King Institute of Preventive Medicine Micro-Biological Section reports 1909-11
Year: 1909
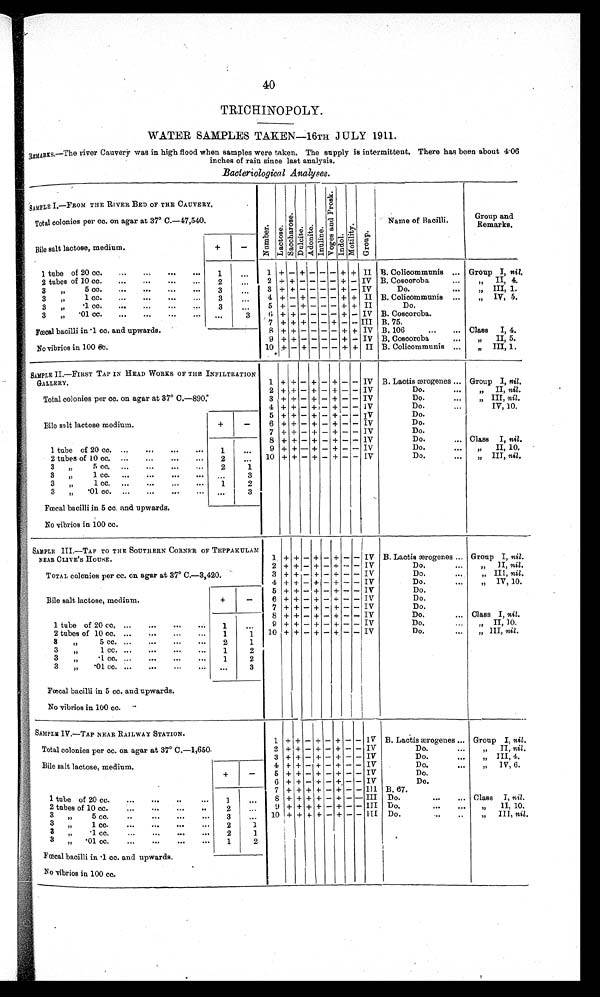
40
TRIOHINOPOLY.
WATER SAMPLES TAKEN—16TH JULY 1911.
REMARKS.—The river Cauvery was in high flood when samples were taken. The supply is intermittent. There has been about 4.06
inches of rain since last analysis.
Bacteriological Analyses.
S A M P L E I . — F R O M T H E R I V E R B E D O F T H E C A U V E R Y .
Number . L a c t o s e .
S a c c h a r o s e
Du l c i t e . Ad o n i t e . I n u l i n e .
V o g e s a n d P r o s k .
Indol
Mot i l i t y.
G r o u p
Name of Bacilli.
Group and
Remarks.
Total colonies per cc. on agar at 37° C.—47,540.
Bile salt lactose, medium.
+
-
1 tube of 20 cc.
...
...
...
...
1
. . .
1
+ - + - - - + + II B. Colicommunis ... Group I, nil.
2 tubes of 10 cc.
...
...
...
...
2
. . .
2
+ + - - - - + - IV B. Cosooroba
...
„ II,4.
3 „ 5cc ...
...
. . .
...
3
. . .
3
+ + - - - - + - IV
Do.
. . .
„ I I I , 1.
3 „ 1 cc.
...
...
...
3
. . .
4 + - + - - - - + + II B. Colicommunis ... „ IV, 5.
3 „ .1cc.
...
...
...
3
. . .
5
+ - + - - - + + II
Do.
3 „ .01cc.
...
...
...
. . . 3
6 + + - - - - + - IV B. Cosooroba.
Real bacilli in '1 cc. and upwards. '
7
+ + + - - + - - III B.75.
8 + + - - - - + + IV B. 106
...
... Class I, 4.
9
+ + - - - - + - IV B Cosooroba
... „ II, 5.
No vibrios in 100 cc.
1 0 + - + - - - + + II B. Colicommunis ...
„ III, 1.
SAMPLE II.—FIRST TAP IN HEAD WORKS OF THE INFILTRATION
GALLERY.
1 + + - + - + - - IV B. Lactis ærogenes ... Group I, nil.
Total colonies per cc. on agar at 37° C.—890.
2 + + - + - + - - IV
Do.
...
„ II, nil.
3 + + - + - + - - IV
Do.
...
„ III, nil.
4 + + - + - + - - IV
Do.
...
IV, 10.
Bile salt lactose medium.
+
-
5 + + - + - + - - IV
Do.
6 + + - + - + - - IV
Do..
7 + + - + - + - - IV
Do.
1 tube of 20 co. ...
...
...
...
. . .
8 + + - + - + - - IV
Do.
... Class I, nil.
9 + + - + - + - - IV
Do.
„ I I , 1 0 .
2 tubes of 10 cc. ...
...
...
...
2
. . .
10 + + - + - + - - IV
Do.
... „ III, nil.
3 „ 5cc. ...
...
. . .
1
3 „ 1 cc. ... ... ... ...
. . .
3
3 „ .1 cc. ...
...
...
...
)3
1
2
3 „ .01 cc. ...
...
...
..
. . .
3
Fœcal bacilli in 5 cc. and upwards.
No vibrios in 100 cc.
SAMPLE III.—TAP TO THE SOUTHERN CORNER OF TEPPAKULAM
NEAR CLIVE'S HOUSE.
1 + + - + - + - - IV B. Lactis ærogenes ... Group I, nil.
2 + + - + - + - - IV
Do.
„ I I ,
n i l .
TOTAL colonies per cc. on. agar at 37° C.—3,420.
3 + + - + - + - - IV
Do.
„ III, nil.
4
+ + - + - + - - IV
Do.
„ IV, 10.
Bile salt lactose, medium.
+
-
5 + + - + - + - - IV
Do.
6
+ + - + - + - - IV
Do.
7 + + - + - + - - IV
Do.
8
+ + - + - + - - IV
Do.
... Class I, nil.
1 tube of 20 cc. ...
...
...
1
. . .
9 + + - + - + - - IV
Do.
. . . „ II, 10.
2 tubes of 10 cc. ...
...
...
...
1
1
1 0 + + - + - + - - IV
Do.
...
„ III, nil.
3 „ 5cc. ...
. . .
2
1
3 „ 1 cc. ...
...
...
...
1
2
3 „ .1cc
...
. . .
1
2
3 „ .01 cc. ...
...
...
...
. . .
3
Fœcal bacilli in 5 cc. and upwards.
No vibrios in 100 cc.
SAMPLE IV.—TAP NEAR RAILWAY STATION.
1 + + - + - + - - IV B. Lactis ærogenes ... Group I, nil.
Total colonies per cc. on agar at 37° C.—1,650.
2 + + - + - + - - IV
Do.
. . .
„ II, nil.
3 + + - + - + - - IV
Do.
. . .
„ III, 4.
Bile salt lactose, medium.
+
-
4 + + - + - + - - IV
Do.
. . .
„ IV, 6.
5 + + - + - + - - IV
Do.
6 + + - + - + - - IV
Do.
1 tube of 20 cc.
...
... ...
1
. . .
7 + + + + - + - - Ill B.67.
8 + + + + - + - - III Do.
...
. . . Class I, nil.
2 tubes of 10 cc. ...
...
...
..
2
. . .
9 + + + + - + - - III Do.
„ I I , 1 0 .
3 „ 5 cc.
...
. . .
...
. . .
10 + + + + - + - - III Do.
...
..
„ III, nil.
3 „ 1 c c .
. . .
. . .
. . .
3 „ .1 cc.
. . . . . .
...
2
1
3 „ .01 cc.
...
. . .
...
1 2
Faecal bacilli in .1 cc. and upwards.
No vibrios in 100 cc.